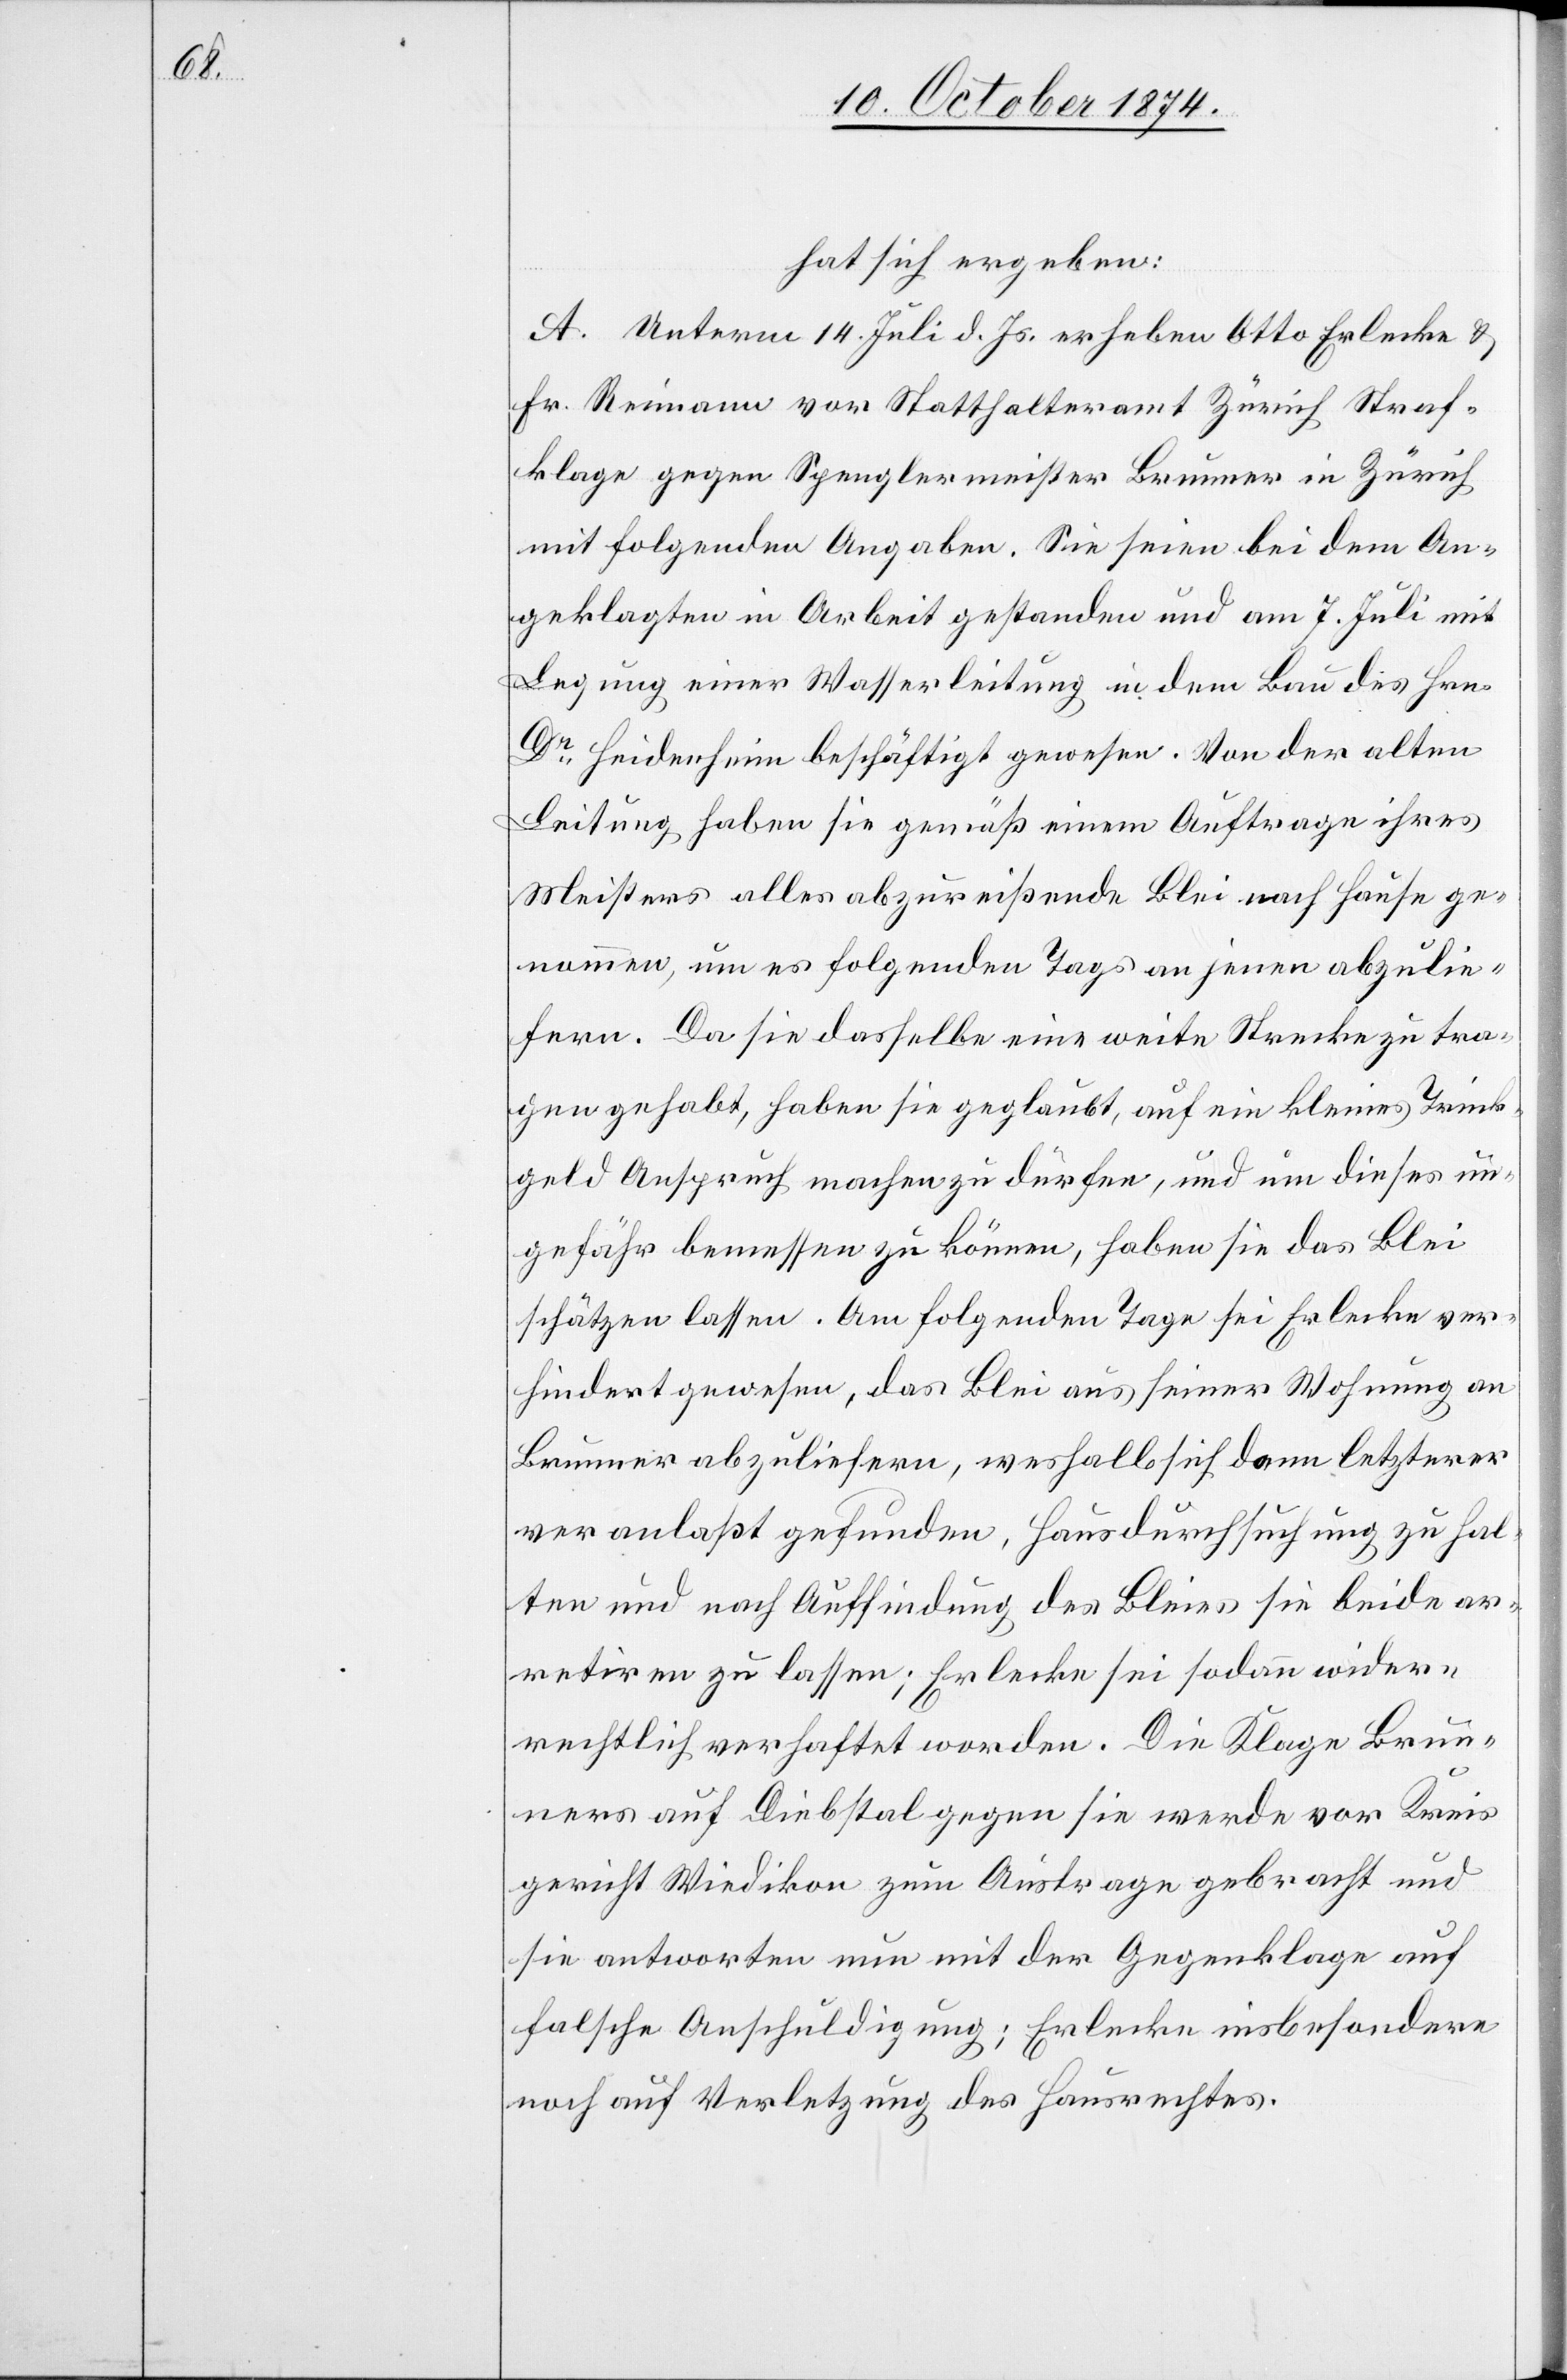
hat sich ergeben:
A. Unterm 14. Juli d. Js. erheben Otto Erlecke &
Fr. Reimann vor Statthalteramt Zürich Straf¬
klage gegen Spenglermeister Brunner in Zürich
mit folgenden Angaben. Sie seien bei dem An¬
geklagten in Arbeit gestanden und am 7. Juli mit
Legung einer Wasserleitung in dem Bau des Hrn.
Dr Heidenheim beschäftigt gewesen. Von der alten
Leitung haben sie gemäß einem Auftrage ihres
Meisters alles abzureißende Blei nach Hause ge¬
nommen, um es folgenden Tags an jenen abzulie¬
fern. Da sie dasselbe eine weite Strecke zu tra¬
gen gehabt, haben sie geglaubt, auf ein kleines Trink¬
geld Anspruch machen zu dürfen, und um dieses un¬
gefähr bemessen zu können, haben sie das Blei
schätzen lassen. Am folgenden Tage sei Erlecke ver¬
hindert gewesen, das Blei aus seiner Wohnung an
Brunner abzuliefern, weshalb sich dann letzterer
veranlaßt gefunden, Hausdurchsuchung zu hal¬
ten und nach Auffindung des Bleies sie beide ar¬
retiren zu lassen; Erlecke sei sodann wider¬
rechtlich verhaftet worden. Die Klage Brun¬
ners auf Diebstal gegen sie werde vor Kreis¬
gericht Wiedikon zum Austrage gebracht und
sie antworten nun mit der Gegenklage auf
falsche Anschuldigung; Erlecke insbesondere
noch auf Verletzung des Hausrechtes.